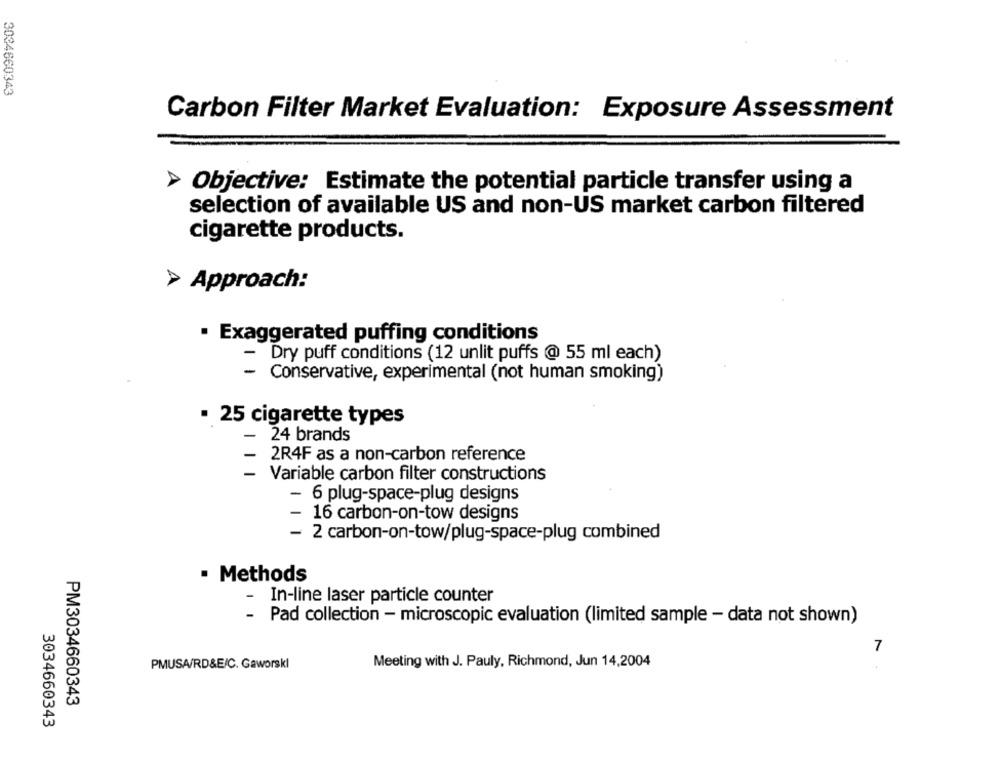
3034660343
Carbon Filter Market Evaluation: Exposure Assessment
Objective: Estimate the potential particle transfer using a
selection of available US and non-US market carbon filtered
cigarette products.
> Approach:
· Exaggerated puffing conditions
- Dry puff conditions (12 unlit puffs @ 55 ml each)
- Conservative, experimental (not human smoking)
· 25 cigarette types
-
24 brands
- 2R4F as a non-carbon reference
-
Variable carbon filter constructions
- 6 plug-space-plug designs
- 16 carbon-on-tow designs
- 2 carbon-on-tow/plug-space-plug combined
. Methods
-
In-line laser particle counter
- Pad collection - microscopic evaluation (limited sample - data not shown)
7
Meeting with J. Pauly, Richmond, Jun 14,2004
PMUSA/RD&E/C. Gaworski
PM3034660343
3034660343